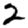
Digit: 2